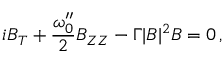
i B _ { T } + \frac { \omega _ { 0 } ^ { \prime \prime } } { 2 } B _ { Z Z } - \Gamma | B | ^ { 2 } B = 0 \, ,